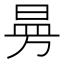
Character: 𭦗